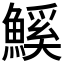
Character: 𮬊